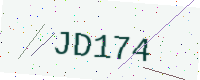
Text: JD174